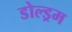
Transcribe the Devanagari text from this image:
डोल्ड्रम